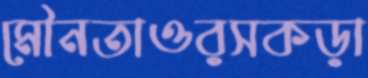
মৌনতাওরসকড়া